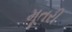
મૂતરી